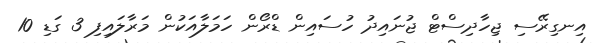
އިނގިރޭސި ޖިހާދިސްޓް ޖުނައިދު ހުސައިން ޑްރޯން ހަމަލާއަކުން މަރާލައިފި 3 ގަޑި 10